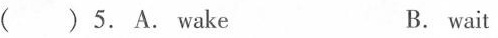
( )5.A. Wake B. wait